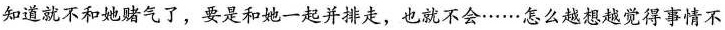
知道就不和她赌气了，要是和她一起并排走，也就不会……怎么越想越觉得事情不